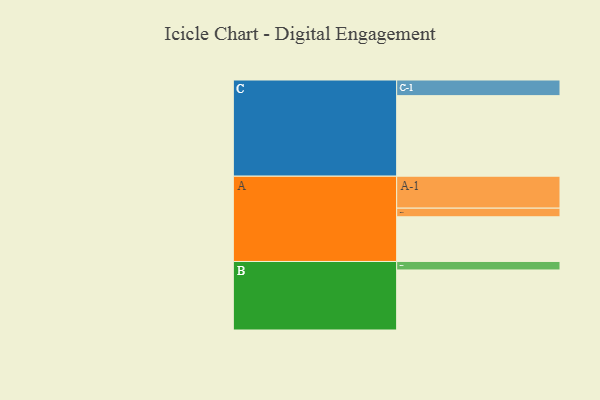
{"axis": {"x": "Segment", "y": "Value"}, "legend": ["", "A", "B", "C"], "data": [{"x": "A", "y": 326, "type": ""}, {"x": "B", "y": 438, "type": ""}, {"x": "C", "y": 588, "type": ""}, {"x": "A-1", "y": 233, "type": "A"}, {"x": "A-2", "y": 63, "type": "A"}, {"x": "B-1", "y": 62, "type": "B"}, {"x": "C-1", "y": 114, "type": "C"}]}